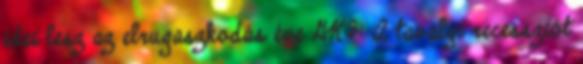
idei lesz az elrugaszkodás éve GKI: A tavalyi recessziót